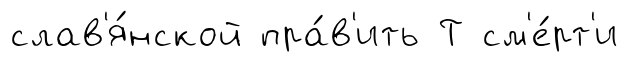
слав'я́нской пра́в'ить Т см'е́рт'и